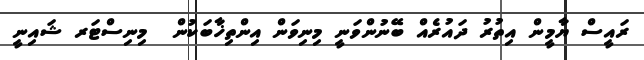
ރައީސް ޔާމީން އިތުރު ދައުރެއް ބޭނުންވަނީ މިނިވަން އިންތިޚާބަކުން  މިނިސްޓަރ ޝައިނީ